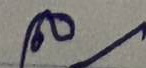
ล